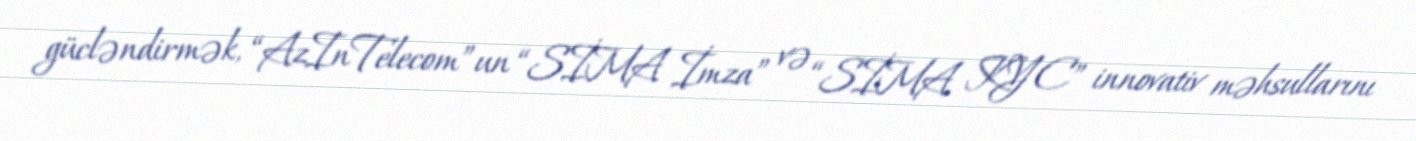
gücləndirmək, “AzInTelecom”un “SİMA İmza” və “SİMA KYC” innovativ məhsullarını